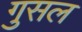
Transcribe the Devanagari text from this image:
गुसल